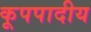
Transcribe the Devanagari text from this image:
कूपपादीय